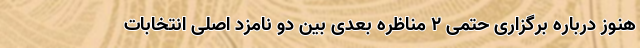
هنوز درباره برگزاری حتمی 2 مناظره بعدی بین دو نامزد اصلی انتخابات